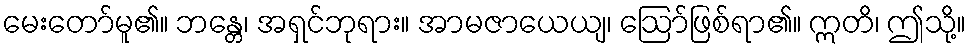
မေးတော်မူ၏။ ဘန္တေ၊ အရှင်ဘုရား။ အာမဇာယေယျ၊ ဩော်ဖြစ်ရာ၏။ ဣတိ၊ ဤသို့။